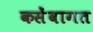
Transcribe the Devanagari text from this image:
कसेंवागत